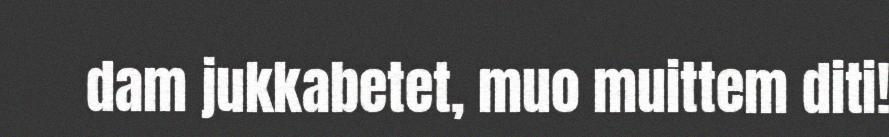
dam jukkabetet, muo muittem diti!